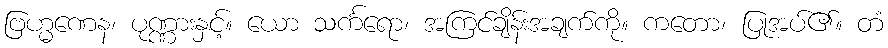
ဗြဟ္မဏေန၊ ပုဏ္ဏားနှင့်။ ယော သင်္ကရော၊ အကြင်ချိန်းအချက်ကို။ ကတော၊ ပြုအပ်၏။ တံ